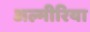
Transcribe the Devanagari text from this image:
अल्मीरिया